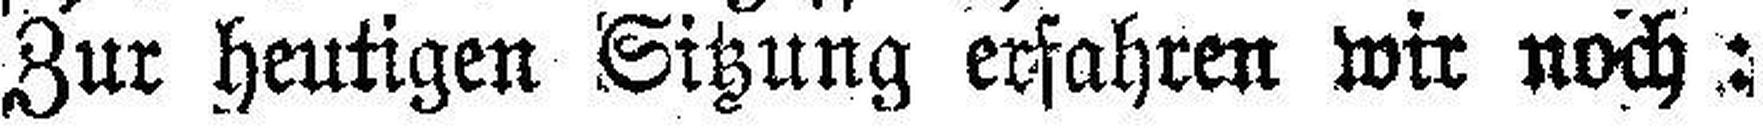
Zur heutigen Sitzung erfahren wir noch: